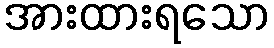
အားထားရသော